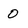
Character: 0